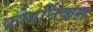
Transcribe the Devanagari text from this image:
कोपर्निकम